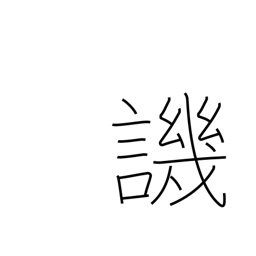
Meaning: criticize